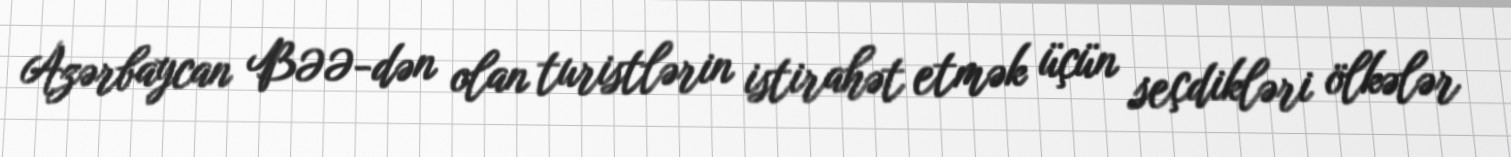
Azərbaycan BƏƏ-dən olan turistlərin istirahət etmək üçün seçdikləri ölkələr